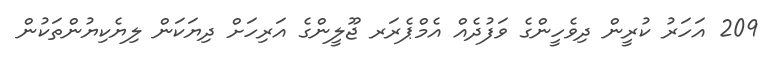
209 އަހަރު ކުރީން ދިވެހީންގެ ވަފުދެއް އެމްޕެރަރ ޖޫލީންގެ އަރިހަށް ދިޔަކަން ލިޔެކިޔުންތަކުން